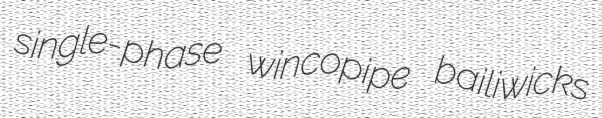
single-phase wincopipe bailiwicks